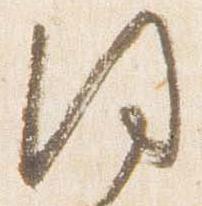
同